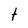
Character: t